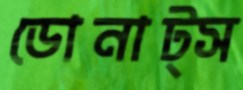
ডোনাট্স